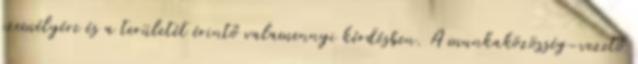
személyére és a területét érintő valamennyi kérdésben. A munkaközösség-vezető